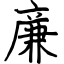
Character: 亷